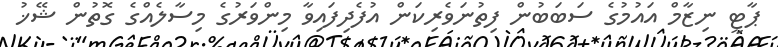
ޕާޓީ ނިޒާމް އައުމުގެ ސަބަބުން ފިތުނަވެރިކަން އުފެދިފައިވާ މިންވަރުގެ މިސާލެއްގެ ގޮތުން ޝޭޚު